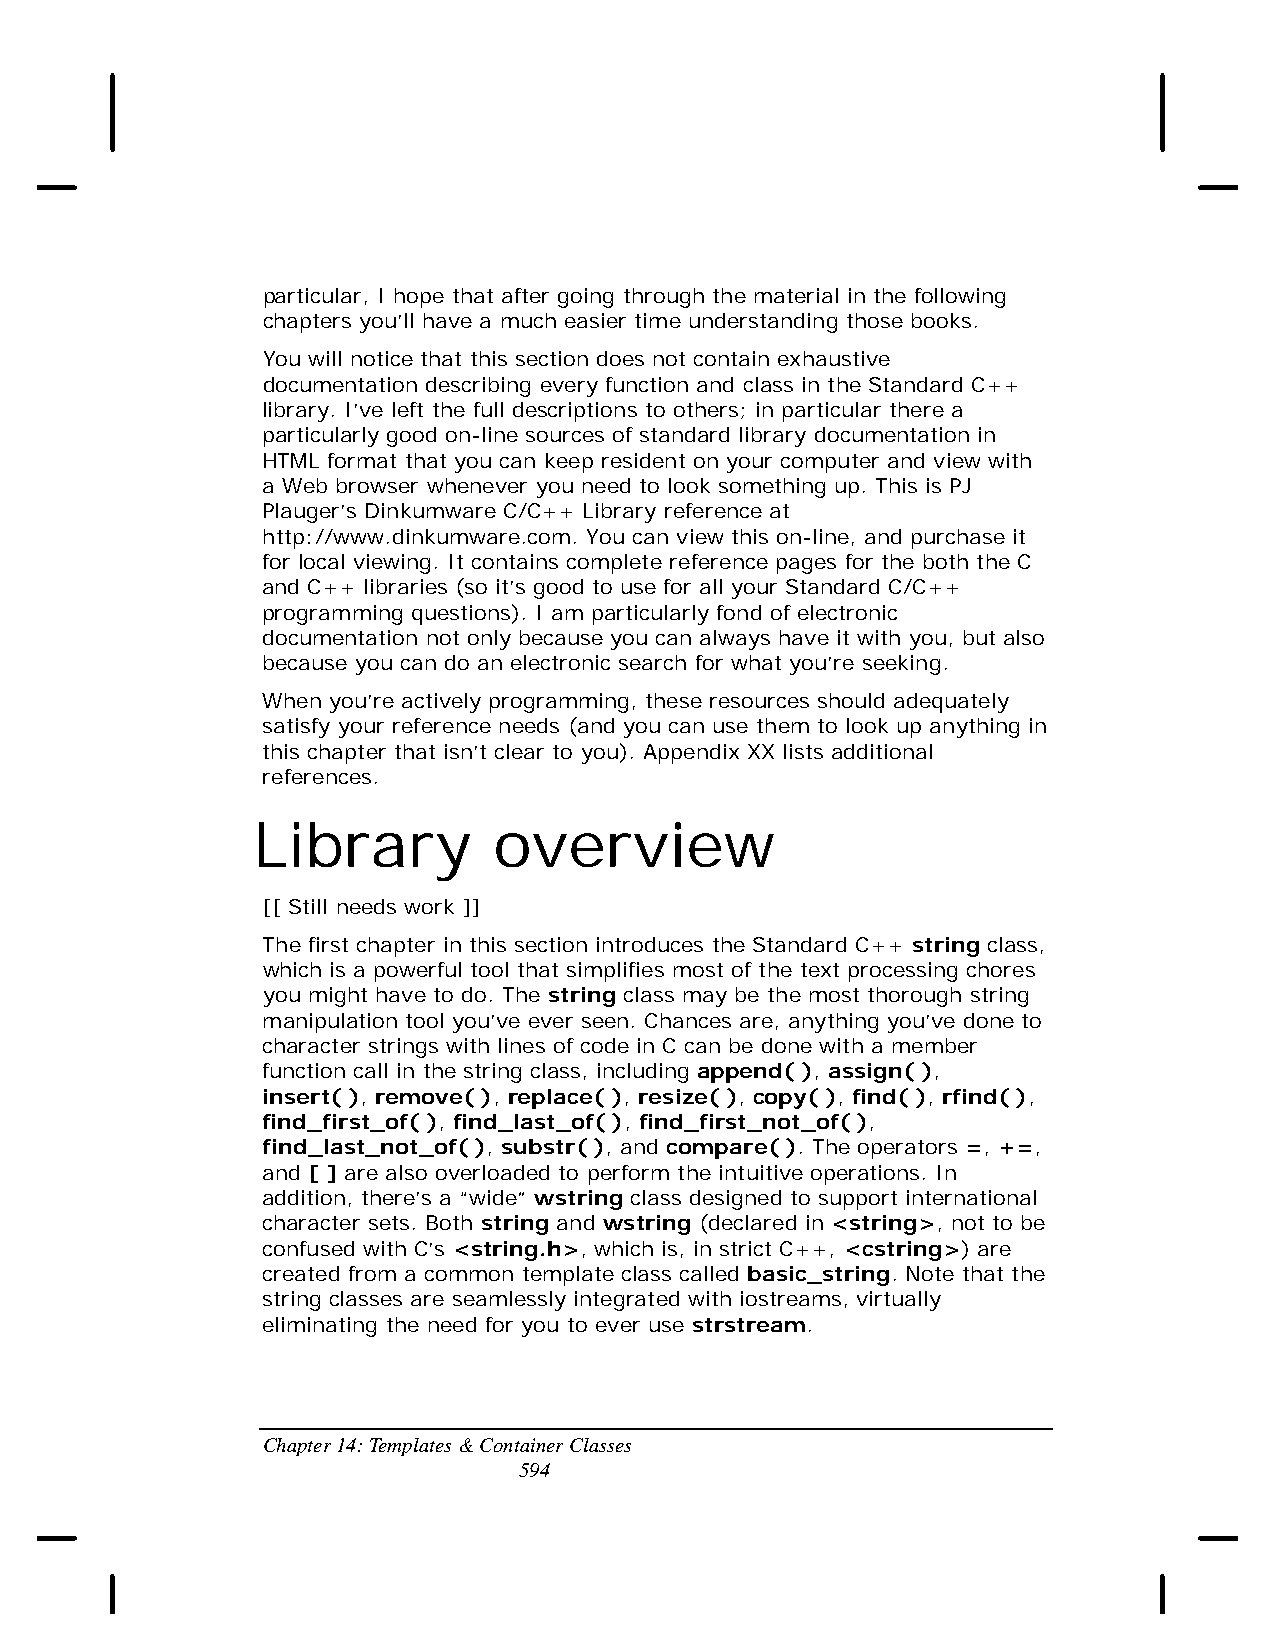
particular, I hope that after going through the material in the following
 chapters you’ll have a much easier time understanding those books.
 You will notice that this section does not contain exhaustive
 documentation describing every function and class in the Standard C++
 library. I’ve left the full descriptions to others; in particular there a
 particularly good on-line sources of standard library documentation in
 HTML format that you can keep resident on your computer and view with
 a Web browser whenever you need to look something up. This is PJ
 Plauger’s Dinkumware C/C++ Library reference at
 http://www.dinkumware.com. You can view this on-line, and purchase it
 for local viewing. It contains complete reference pages for the both the C
 and C++ libraries (so it’s good to use for all your Standard C/C++
 programming questions). I am particularly fond of electronic
 documentation not only because you can always have it with you, but also
 because you can do an electronic search for what you’re seeking.
 When you’re actively programming, these resources should adequately
 satisfy your reference needs (and you can use them to look up anything in
 this chapter that isn’t clear to you). Appendix XX lists additional
 references.
 Library         overview
 [[ Still needs work ]]
 The first chapter in this section introduces the Standard C++ string class,
 which is a powerful tool that simplifies most of the text processing chores
 you might have to do. The string class may be the most thorough string
 manipulation tool you’ve ever seen. Chances are, anything you’ve done to
 character strings with lines of code in C can be done with a member
 function call in the string class, including append( ), assign( ),
 insert( ), remove( ), replace( ), resize( ), copy( ), find( ), rfind( ),
 find_first_of( ), find_last_of( ), find_first_not_of( ),
 find_last_not_of( ), substr( ), and compare( ). The operators =, +=,
 and [ ] are also overloaded to perform the intuitive operations. In
 addition, there’s a “wide” wstring class designed to support international
 character sets. Both string and wstring (declared in <string>, not to be
 confused with C’s <string.h>, which is, in strict C++, <cstring>) are
 created from a common template class called basic_string. Note that the
 string classes are seamlessly integrated with iostreams, virtually
 eliminating the need for you to ever use strstream.
 Chapter 14: Templates & Container Classes
 594